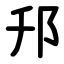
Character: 䢴